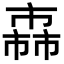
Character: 𢅈